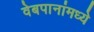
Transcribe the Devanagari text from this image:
वेबपानांमध्ये